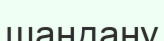
шаңдану